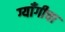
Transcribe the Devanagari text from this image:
ग्याँगीचा